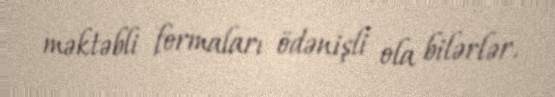
məktəbli formaları ödənişli ola bilərlər.